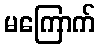
မကြောက်